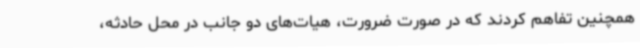
همچنین تفاهم کردند که در صورت ضرورت، هیات‌های دو جانب در محل حادثه،